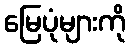
မြေပုံများကို